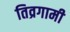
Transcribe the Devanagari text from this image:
तिव्रगामी